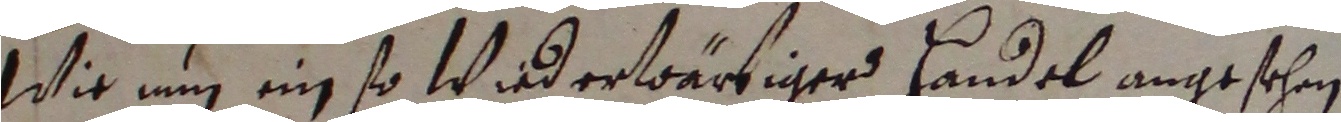
Wie nun ein so wiederwärtiger handel angesehen